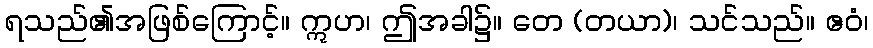
ရသည်၏အဖြစ်ကြောင့်။ ဣဟ၊ ဤအခါ၌။ တေ (တယာ)၊ သင်သည်။ ဧဝံ၊